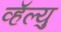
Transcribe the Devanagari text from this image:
व्हॅल्यु